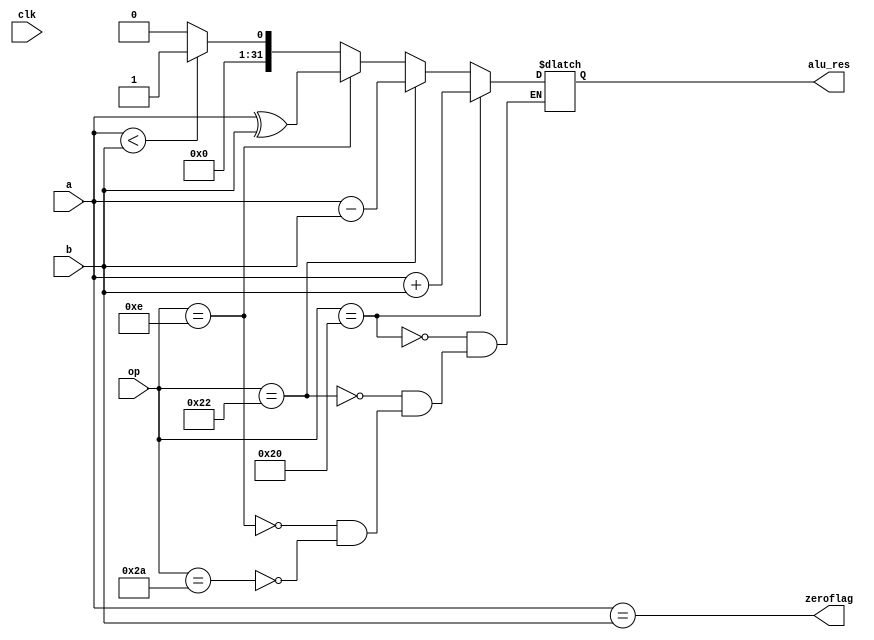
module alu(
	output reg [31:0] alu_res,
	output reg zeroflag,
	input [31:0] a, b,
	input [5:0] op,
	input clk
);

always @(op) begin
	if (op == 6'b10_0000) begin
		alu_res <= a + b;
	end else if (op == 6'b10_0010) begin
		alu_res <= a - b;
	end else if (op == 6'b00_1110) begin
		alu_res <= a ^ b;
	end else if (op == 6'b10_1010) begin
		alu_res <= (a < b) ? 1 : 0;
	end
	zeroflag <= (a == b);
end

endmodule

// module testalu();

// 	wire [31:0] alu_res;
// 	wire zeroflag;
// 	reg [31:0] a,b;
// 	reg [5:0] op;
// 	reg clk;

// 	alu dut(alu_res, zeroflag, a, b, op, clk);

// 	always begin
// 		#5 clk = !clk;
// 	end

// 	initial begin
// 		clk=0; a=5; b=5; op=6'b10_0000; #10
// 		$display("a: %b | b: %b | res: %b | zero: ", a, b, alu_res, zeroflag);

// 		$finish;
// 	end

// endmodule